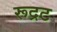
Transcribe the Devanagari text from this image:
रूद्रट